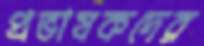
প্রভাষকদের